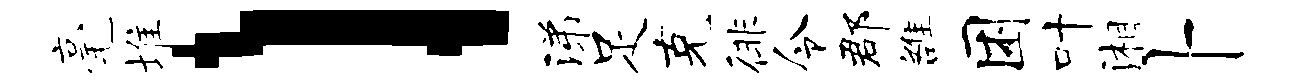
毫堆l涕足克徘令郡雒困叶湘卜